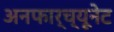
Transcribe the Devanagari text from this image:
अनफार्च्यूनेट